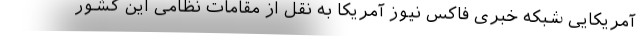
آمریکایی شبکه خبری فاکس نیوز آمریکا به نقل از مقامات نظامی این کشور